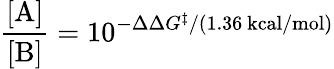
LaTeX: {\frac{[\mathrm{A}]}{[\mathrm{B}]}}=10^{-\Delta\Delta G^{\ddagger}/(1.36\ \mathrm{kcal/mol})}